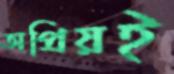
অপ্রিয়ই